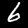
Digit: 6